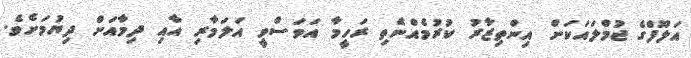
އަލޫފްގެ ޖުމްލައަކަށް އިންތިޒާރު ކުރުމެއްނެތި ރަހީމާ އަވަސްވީ އަލަމާރި އާއި ދިމާއަށް ދިޔުމަށެވެ.